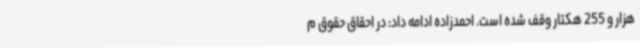
هزار و 255 هکتار وقف شده است. احمدزاده ادامه داد: در احقاق حقوق م